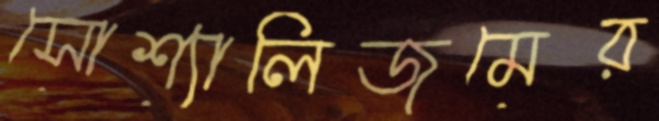
সোশ্যালিজমের